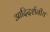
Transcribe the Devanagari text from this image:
आदिदर्शनीय